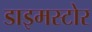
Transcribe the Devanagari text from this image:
डाइमस्टोर